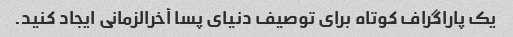
یک پاراگراف کوتاه برای توصیف دنیای پسا آخرالزمانی ایجاد کنید.